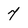
Character: 7